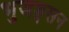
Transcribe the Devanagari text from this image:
भुजङ्गसन